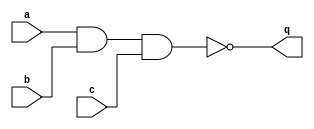
module nand10(
		input a,
		input b,
        input c,
		output q
	);

	parameter RISE_TIME = 10.5,
			  FALL_TIME = 10;
	
	assign #(RISE_TIME, FALL_TIME) q = ~(a & b & c);
endmodule